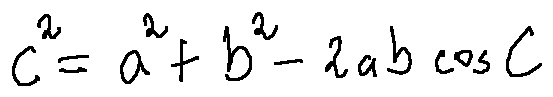
c ^ { 2 } = a ^ { 2 } + b ^ { 2 } - 2 a b \cos C